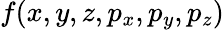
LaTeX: f(x,y,z,p_{x},p_{y},p_{z})